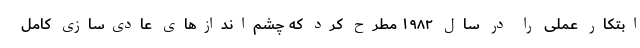
ابتکار عملی را در سال ۱۹۸۲ مطرح کرد که چشم‌اندازهای عادی‌سازی کامل